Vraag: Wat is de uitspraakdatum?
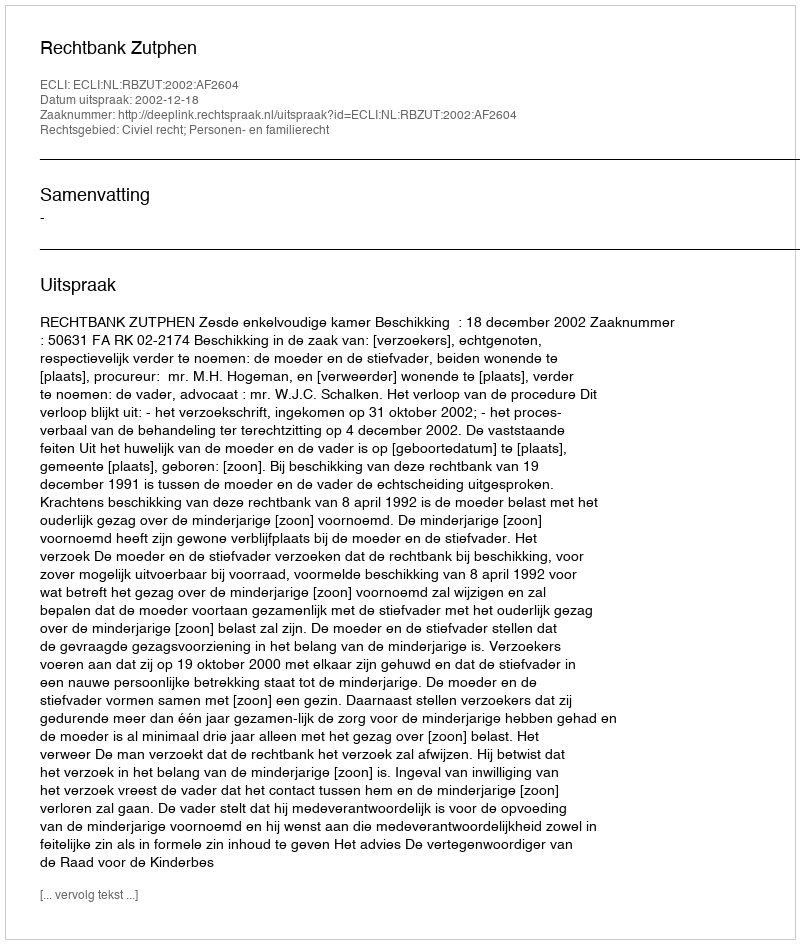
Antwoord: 2002-12-18